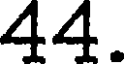
44.